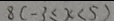
8 ( - 3 \leq x < 5 )